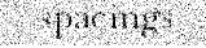
spacings